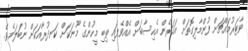
ވާޓަރުމައްޗަށް ފުންމާލިގޮތަށް އަހަރެން އެހިސާބަށް އެއްވެފައި ތިބި މީހުންގެ މޫނަކަށް ކަނދުރާއަކަށް ނުބަލަމެވެ.